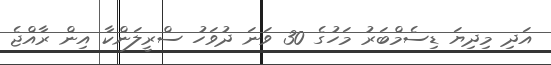
އަދި މިދިޔަ ޑިސެމްބަރު މަހުގެ 30 ވަނަ ދުވަހު ސްރީލަންކާ އިން ރާއްޖެ